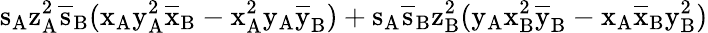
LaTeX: \mathrm{s_{A}\mathrm{z_{A}^{2}\mathrm{\overline{{s}}_{B}(\mathrm{x_{A}\mathrm{y_{A}^{2}\mathrm{\overline{{x}}_{B}-\mathrm{x_{A}^{2}\mathrm{y_{A}\mathrm{\overline{{y}}_{B})+\mathrm{s_{A}\mathrm{\overline{{s}}_{B}\mathrm{z_{B}^{2}(\mathrm{y_{A}\mathrm{x_{B}^{2}\mathrm{\overline{{y}}_{B}-\mathrm{x_{A}\mathrm{\overline{{x}}_{B}\mathrm{y_{B}^{2})}}}}}}}}}}}}}}}}}}